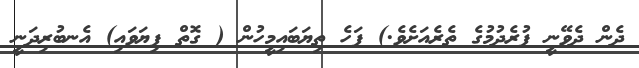
ދެން ދެވޭނީ ފުރެދުމުގެ ތެރެއަށެވެ.) ފަހެ ތިޔަބައިމީހުން ( ގޮތް ފިޔަވައި) އެނބުރިދަނީ